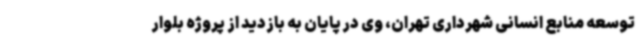
توسعه منابع انسانی شهرداری تهران، وی در پایان به بازدید از پروژه بلوار